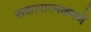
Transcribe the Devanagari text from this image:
सकारात्मकपणे